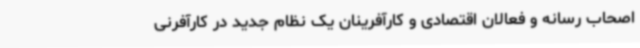
اصحاب رسانه و فعالان اقتصادی و کارآفرینان یک نظام جدید در کارآفرنی